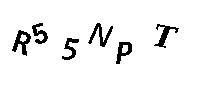
R55NPT